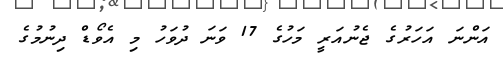
އަންނަ އަހަރުގެ ޖެނުއަރީ މަހުގެ 17 ވަނަ ދުވަހު މި އެވޯޑް ދިނުމުގެ